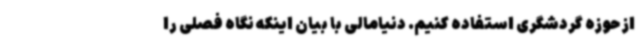
از حوزه گردشگری استفاده کنیم. دنیامالی با بیان اینکه نگاه فصلی را